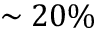
\sim 2 0 \%